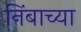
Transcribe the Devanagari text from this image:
निंबाच्या